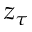
z _ { \tau }